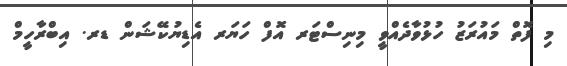
މި ފޮތް މައުރަޒު ހުޅުވާދެއްވީ މިނިސްޓަރ އޮފް ހަޔަރ އެޑިޔުކޭޝަން ޑރ. އިބްރާހީމް